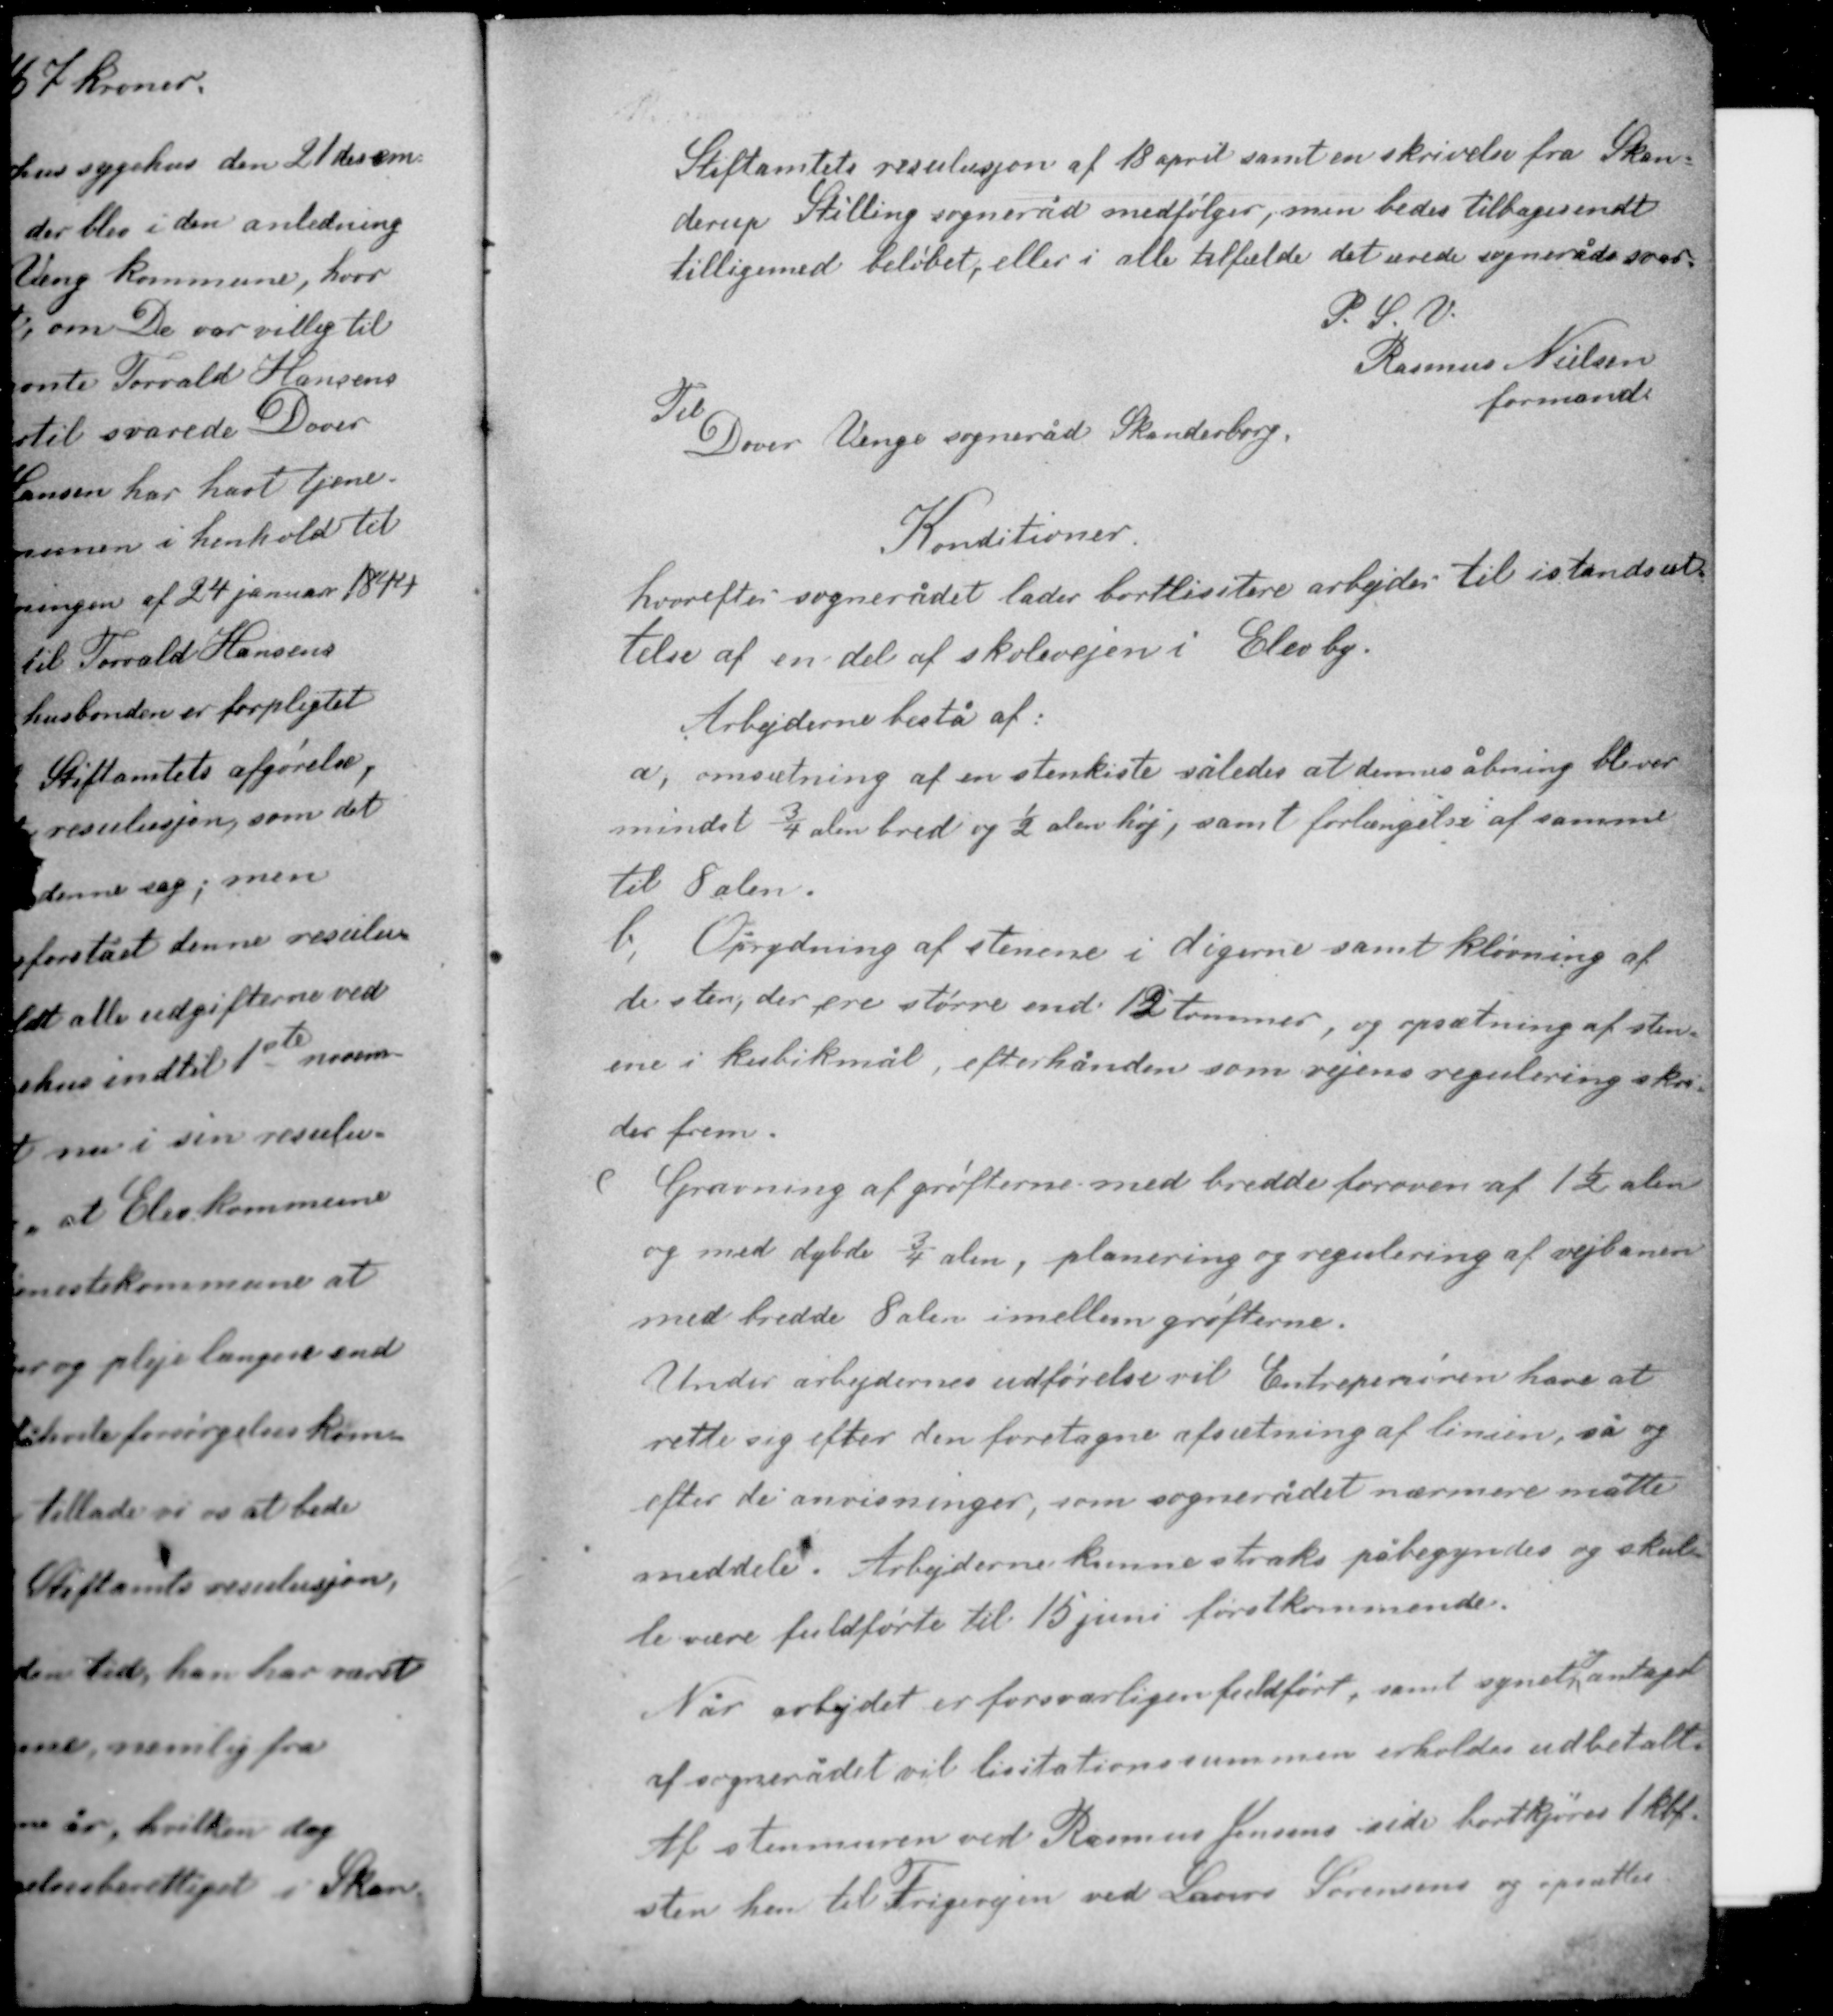
Transskription:
Stiftamtets resulusjon af 18 april samt en skrivelse fra Skan-
derup Stilling sogneråd medfølger, men bedes tilbagesendt
tilligemed beløbet, eller i alle tilfælde det ærede sogneråds svar.

P. S. V.
Rasmus Nielsen
formand

Til
Dover Venge sogneråd Skanderborg

Konditioner

hvorefter sognerådet lader bortlicitere arbejder til istandsæt-
telse af en del af skolevejen i Elev by

Arbejerne består af:

a, omsætning af en stenkiste således at dennes åbning bliver
mindst ¾ alen bred og ½ alen høj, samt forlængelse af samme
til 8 alen.

b, Oprydning af stenene i digerne samt kløvning af
de sten, der ere større end 12 tommer, og opsætning af sten-
ene i kubikmål, efterhånden som vejens regulering skri-
der frem.

c, Gravning af grøfterne med bredde foroven af 1½ alen
og med dybde ¾ alen, planering og regulering af vejbanen
med bredde 8 alen imellem grøfterne.
Under arbejdernes udførelse vil Entreprenøren have at
rette sig efter den foretagne afsætning af linien, så og
efter de anvisninger, som sognerådet nærmere måtte
meddele. Arbejderne kunne straks påbegyndes og skul-
le være fuldførte til 15 juni førstkommende.

og
Når arbejdet er forsvarligen fuldført, samt synet antaget
af sognerådet vil licitationssummen erholdes udbetalt
Af stenmuren ved Rasmus Jensens side bortkjøres 1kbf.
sten hen til Trigevejen ved Lars Sørensens og opsættes.